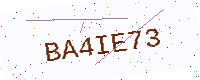
Text: BA4IE73